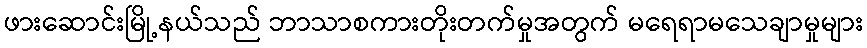
ဖားဆောင်းမြို့နယ်သည် ဘာသာစကားတိုးတက်မှုအတွက် မရေရာမသေချာမှုများ